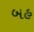
બહ